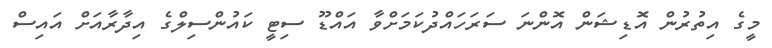
މީގެ އިތުރުން އޮޑިޝަން އޮންނަ ސަރަހައްދުކަމަށްވާ އައްޑޫ ސިޓީ ކައުންސިލްގެ އިދާރާއަށް އައިސް